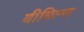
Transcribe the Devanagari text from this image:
वीविल्स